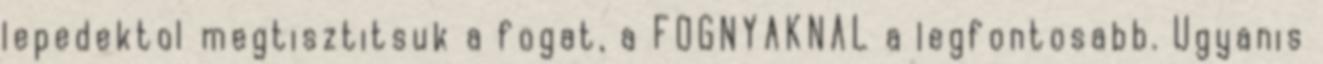
lepedektol megtisztitsuk a fogat, a FOGNYAKNAL a legfontosabb. Ugyanis